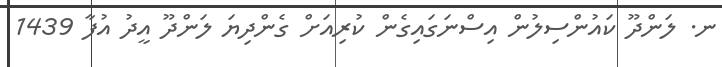
ނ. ލަންދޫ ކައުންސިލުން އިސްނަގައިގެން ކުރިއަށް ގެންދިޔަ ލަންދޫ އީދު އުފާ 1439